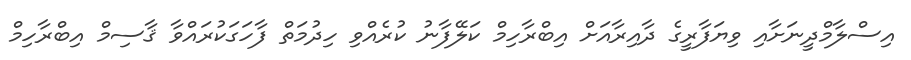
އިސްލާމްދީނަށާއި ވިޔަފާރީގެ ދާއިރާއަށް އިބްރާހިމް ކަލޭފާނު ކުރެއްވި ހިދުމަތް ފާހަގަކުރައްވާ ޤާސިމް އިބްރާހިމް